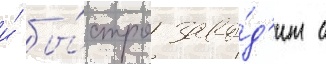
и́ бы́стро заво́д'ит с